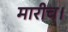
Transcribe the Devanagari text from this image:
मारीच।